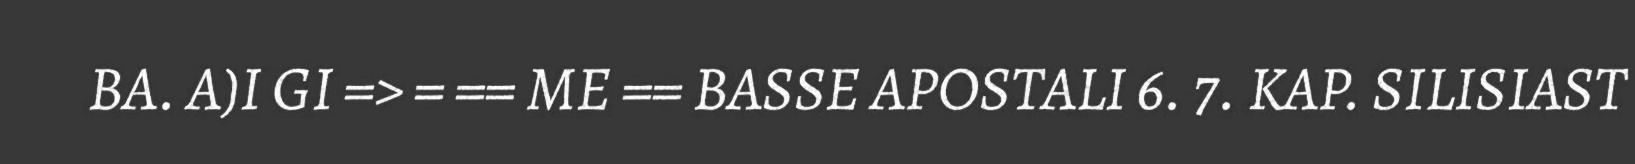
BA. A)I GI => = == ME == BASSE APOSTALI 6. 7. KAP. SILISIAST